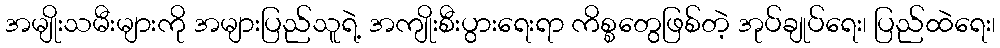
အမျိုးသမီးများကို အများပြည်သူရဲ့ အကျိုးစီးပွားရေးရာ ကိစ္စတွေဖြစ်တဲ့ အုပ်ချုပ်ရေး၊ ပြည်ထဲရေး၊